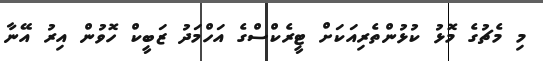
މި މެޗުގެ މޮޅު ކުޅުންތެރިއަކަށް ޓީރެކްސްގެ އަހްމަދު ޒަބީކް ހޮވުން އިރު އޭނާ